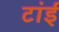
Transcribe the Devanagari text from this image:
टांई